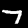
Digit: 7